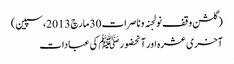
(گلشن وقف نولجنہ وناصرات 30 مارچ 2013،سپین)
آخری عشرہ اور آنحضورﷺ کی عبادات